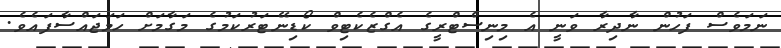
ނަމަވެސް ފަހުން ނާދިރާ ވަނީ އެ މިނިސްޓްރީގެ އެގްޒެކެޓިވް ކޯޑިނޭޓަރުކަމުގެ މަގާމަށް ހަމަޖައްސާފައެވެ.